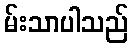
မ်းသာပါသည်